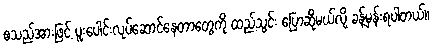
စသည်အားဖြင့် ပူးပေါင်းလုပ်ဆောင်နေတာတွေကို ထည့်သွင်း ပြောဆိုမယ်လို့ ခန့်မှန်းရပါတယ်။